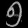
Digit: ၅